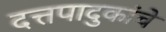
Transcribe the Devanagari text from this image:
दत्तपादुकांचे